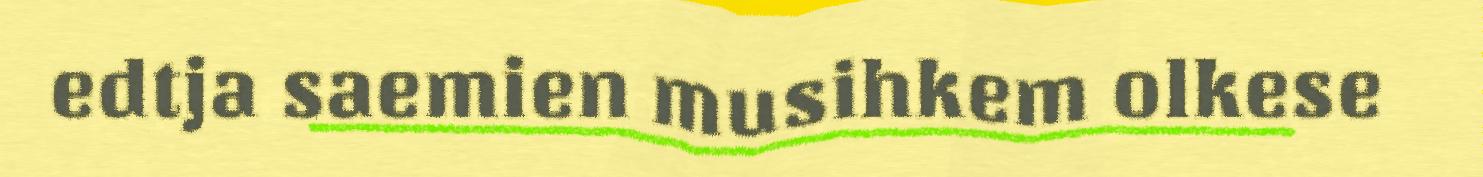
edtja saemien musihkem olkese